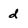
Character: d